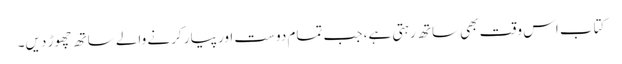
کتاب اس وقت بھی ساتھ رہتی ہے، جب تمام دوست اور پیار کرنے والے ساتھ چھوڑ دیں۔